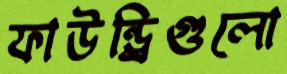
ফাউন্ড্রিগুলো